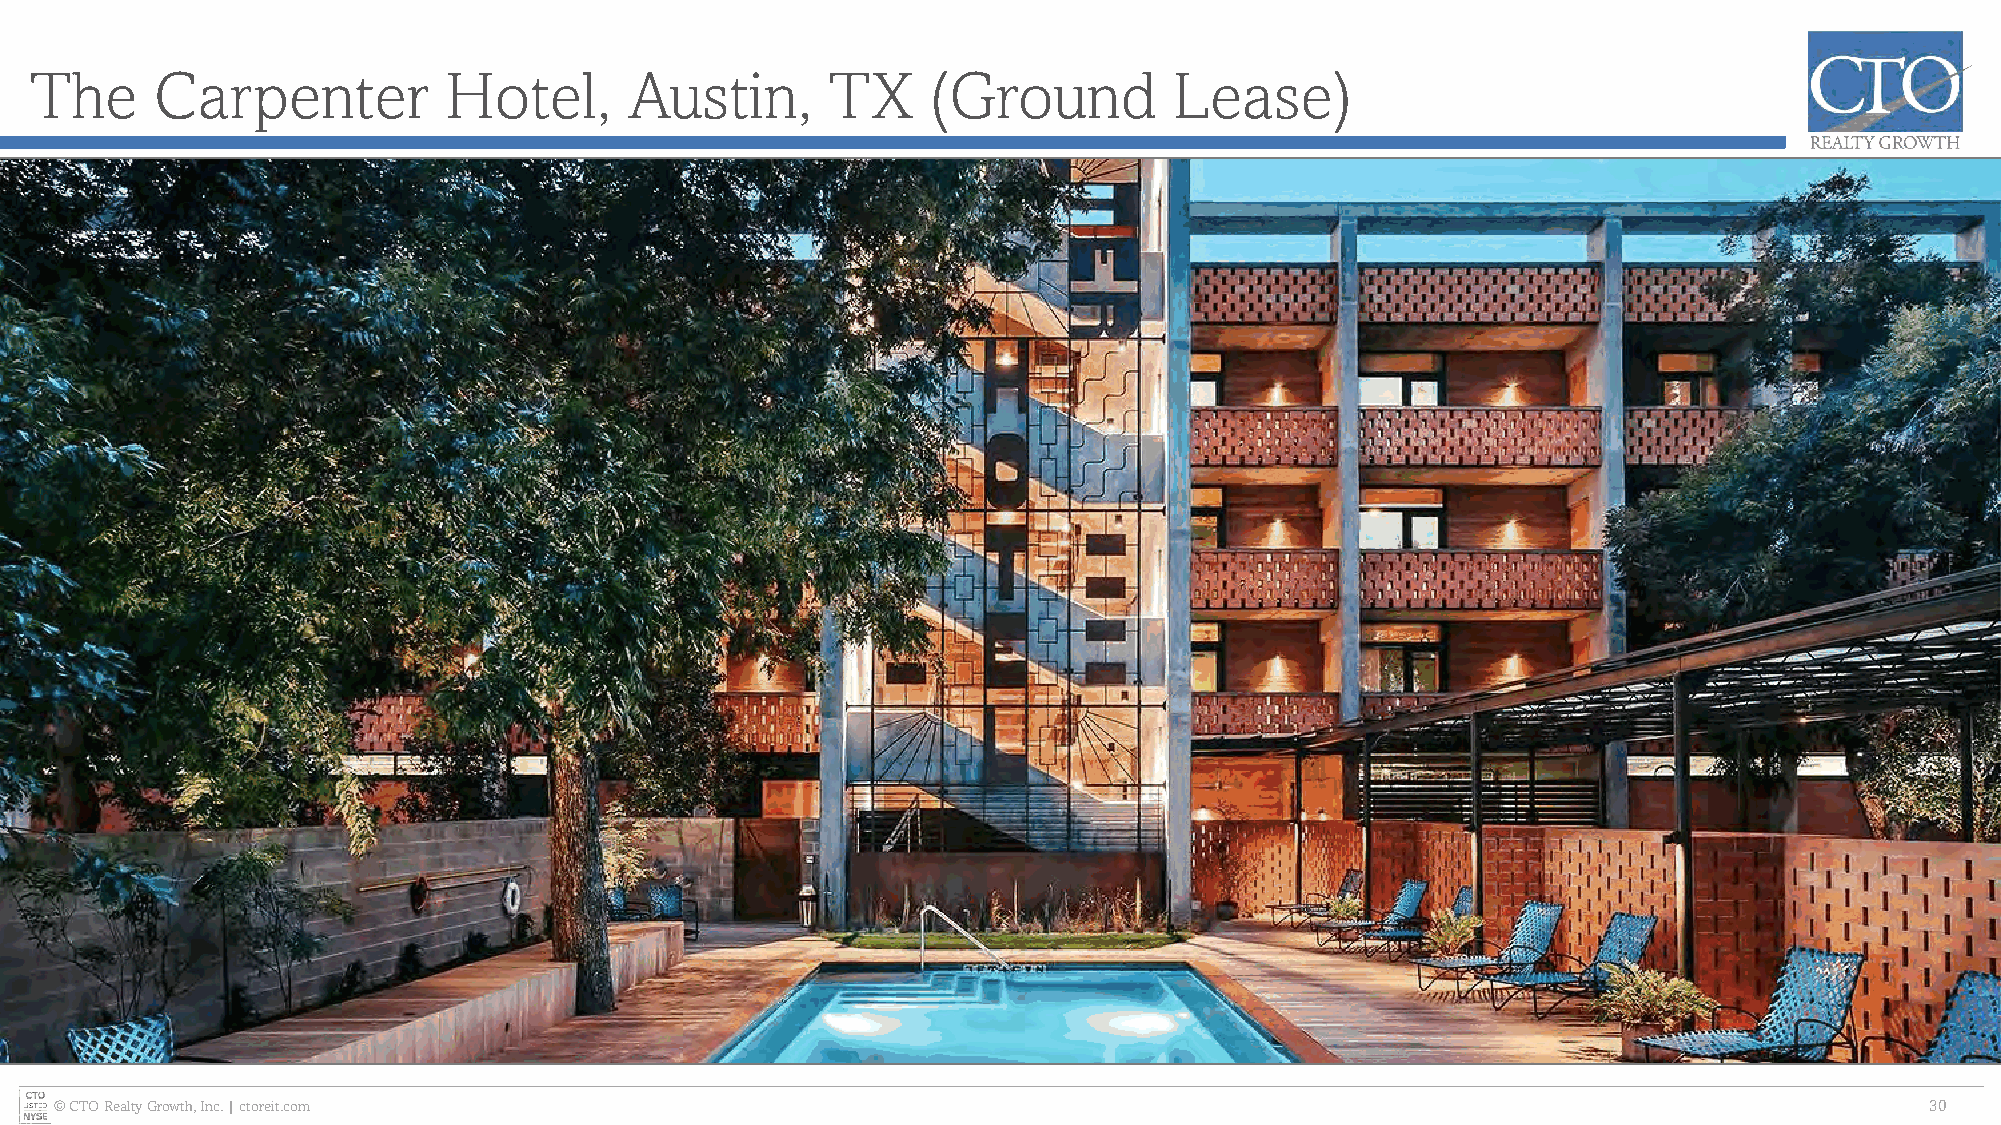
The     Carpenter          Hotel,       Austin,      TX     (Ground         Lease)
 © CTO Realty Growth, Inc. | ctoreit.com                                                                                     30